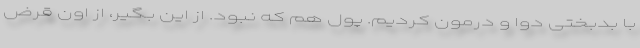
با بدبختی دوا و درمون کردیم. پول هم که نبود. از این بگیر، از اون قرض